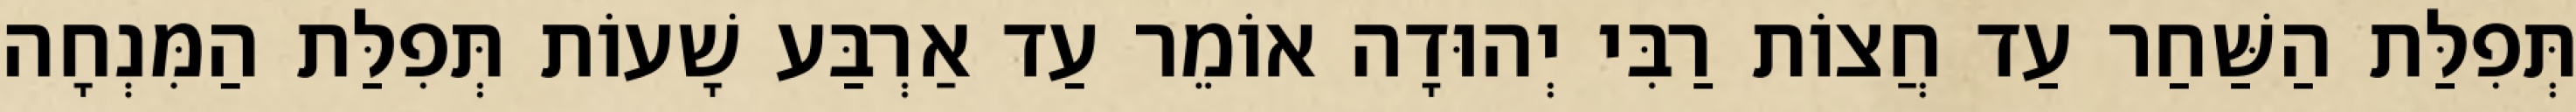
תְּפִלַּת הַשַּׁחַר עַד חֲצוֹת רַבִּי יְהוּדָה אוֹמֵר עַד אַרְבַּע שָׁעוֹת תְּפִלַּת הַמִּנְחָה